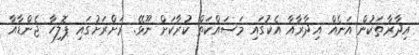
އިދާރާތަކުން އަނެއް އިދާރާއާ އެކުގައި މަސައްކަތް ކުރާކަށް ނޫޅޭ. ރަށްރަށުގައި ޕޮލިހާ ޖެންޑާއާ